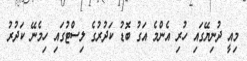
މިއީ ދުނިޔޭގައި ހުރި އެންމެ އަގު ބޮޑު ކަދުރުގެ ލިސްޓުގައި ހިމެނޭ ކަދުރު